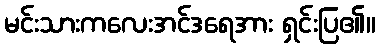
မင်းသားကလေးအင်ဒရေအား ရှင်းပြ၏။